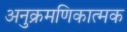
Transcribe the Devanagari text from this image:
अनुक्रमणिकात्मक